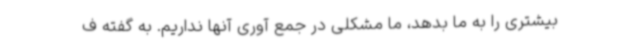
بیشتری را به ما بدهد، ما مشکلی در جمع آوری آنها نداریم. به گفته ف